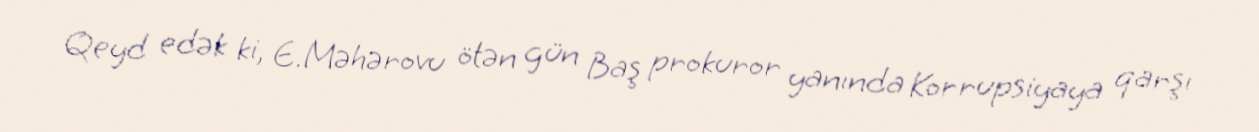
Qeyd edək ki, E.Məhərovu ötən gün Baş prokuror yanında Korrupsiyaya qarşı